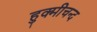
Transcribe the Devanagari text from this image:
हुक्मीचन्द